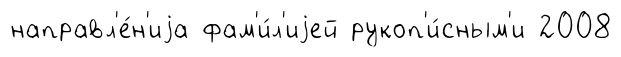
направл'е́н'иjа фам'и́л'иjей рукоп'и́сным'и 2008